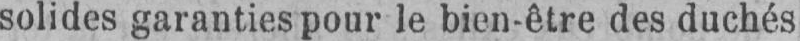
solides garanties pour le bien-être des duchés